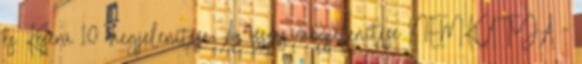
és Keserű 10 megjelenítése Az összes megjelenítése NEMKUTYA -